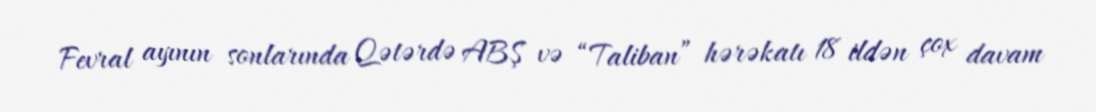
Fevral ayının sonlarında Qətərdə ABŞ və “Taliban” hərəkatı 18 ildən çox davam